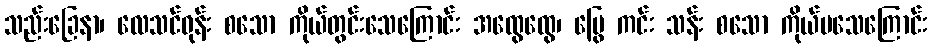
သည်းခြေနာ၊ လေသင်ဓုန်း စသော ကိုယ်တွင်းသေကြောင်း အထွေထွေ၊ မြွေ ကင်း သန်း စသော ကိုယ်ပသေကြောင်း